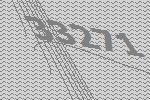
33271